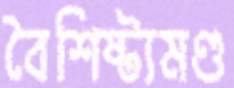
বৈশিষ্ট্যমণ্ড